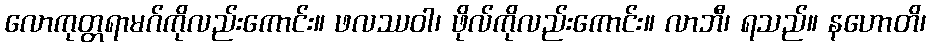
လောကုတ္တရာမဂ်ကိုလည်းကောင်း။ ဖလဿဝါ၊ ဖိုလ်ကိုလည်းကောင်း။ လာဘီ၊ ရသည်။ နဟောတိ၊